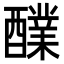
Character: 𮡅